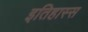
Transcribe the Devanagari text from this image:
इतिहास्स